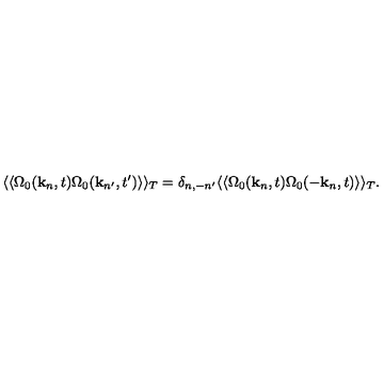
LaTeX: \langle \langle \Omega _ { 0 } ( { \bf k } _ { n } , t ) \Omega _ { 0 } ( { \bf k } _ { n ^ { \prime } } , t ^ { \prime } ) \rangle \rangle _ { T } = \delta _ { n , - n ^ { \prime } } \langle \langle \Omega _ { 0 } ( { \bf k } _ { n } , t ) \Omega _ { 0 } ( - { \bf k } _ { n } , t ) \rangle \rangle _ { T } .